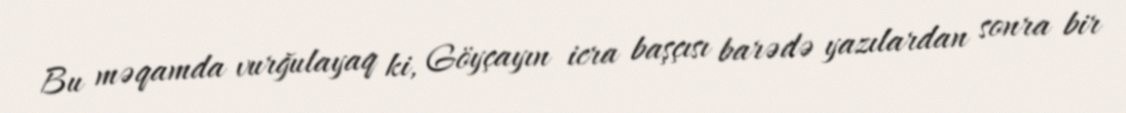
Bu məqamda vurğulayaq ki, Göyçayın icra başçısı barədə yazılardan sonra bir